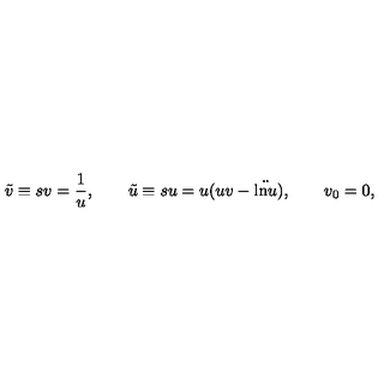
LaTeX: \tilde { v } \equiv s v = \frac { 1 } { u } , \qquad \tilde { u } \equiv s u = u ( u v - \ddot { \mathrm { l n } u } ) , \qquad v _ { 0 } = 0 ,